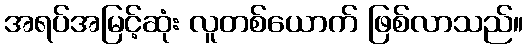
အရပ်အမြင့်ဆုံး လူတစ်ယောက် ဖြစ်လာသည်။